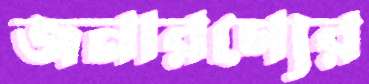
জনারণ্যের